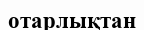
отарлықтан